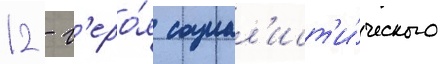
12 - г'еро́я социал'ист'и́ческого